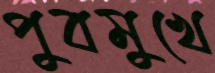
পুবমুখে